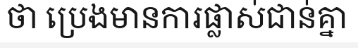
ថា ប្រេងមានការផ្លាស់ជាន់គ្នា